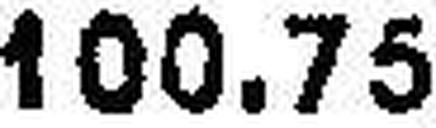
100.75